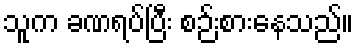
သူက ခဏရပ်ပြီး စဉ်းစားနေသည်။